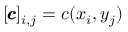
[ { \pmb { c } } ] _ { i , j } = c ( x _ { i } , y _ { j } )